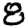
Digit: 8